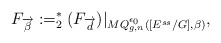
\begin{align*}F_{\overrightarrow{\beta}}:=_2^*(F_{\overrightarrow{d}})\vert_{MQ^{\epsilon_0}_{g,n}([E^{ss}/G],\beta)},\end{align*}